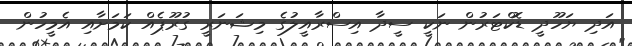
އަދި ޔަހޫދީ ޑޮކްޓަރުން ނަކީ ސީދާ އިސްރާއީލުގެ މިޝަނަރީ ގުރޫޕެއް ކަމަށާއި އެމީހުން